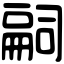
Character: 𠻸